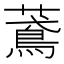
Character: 𦿂